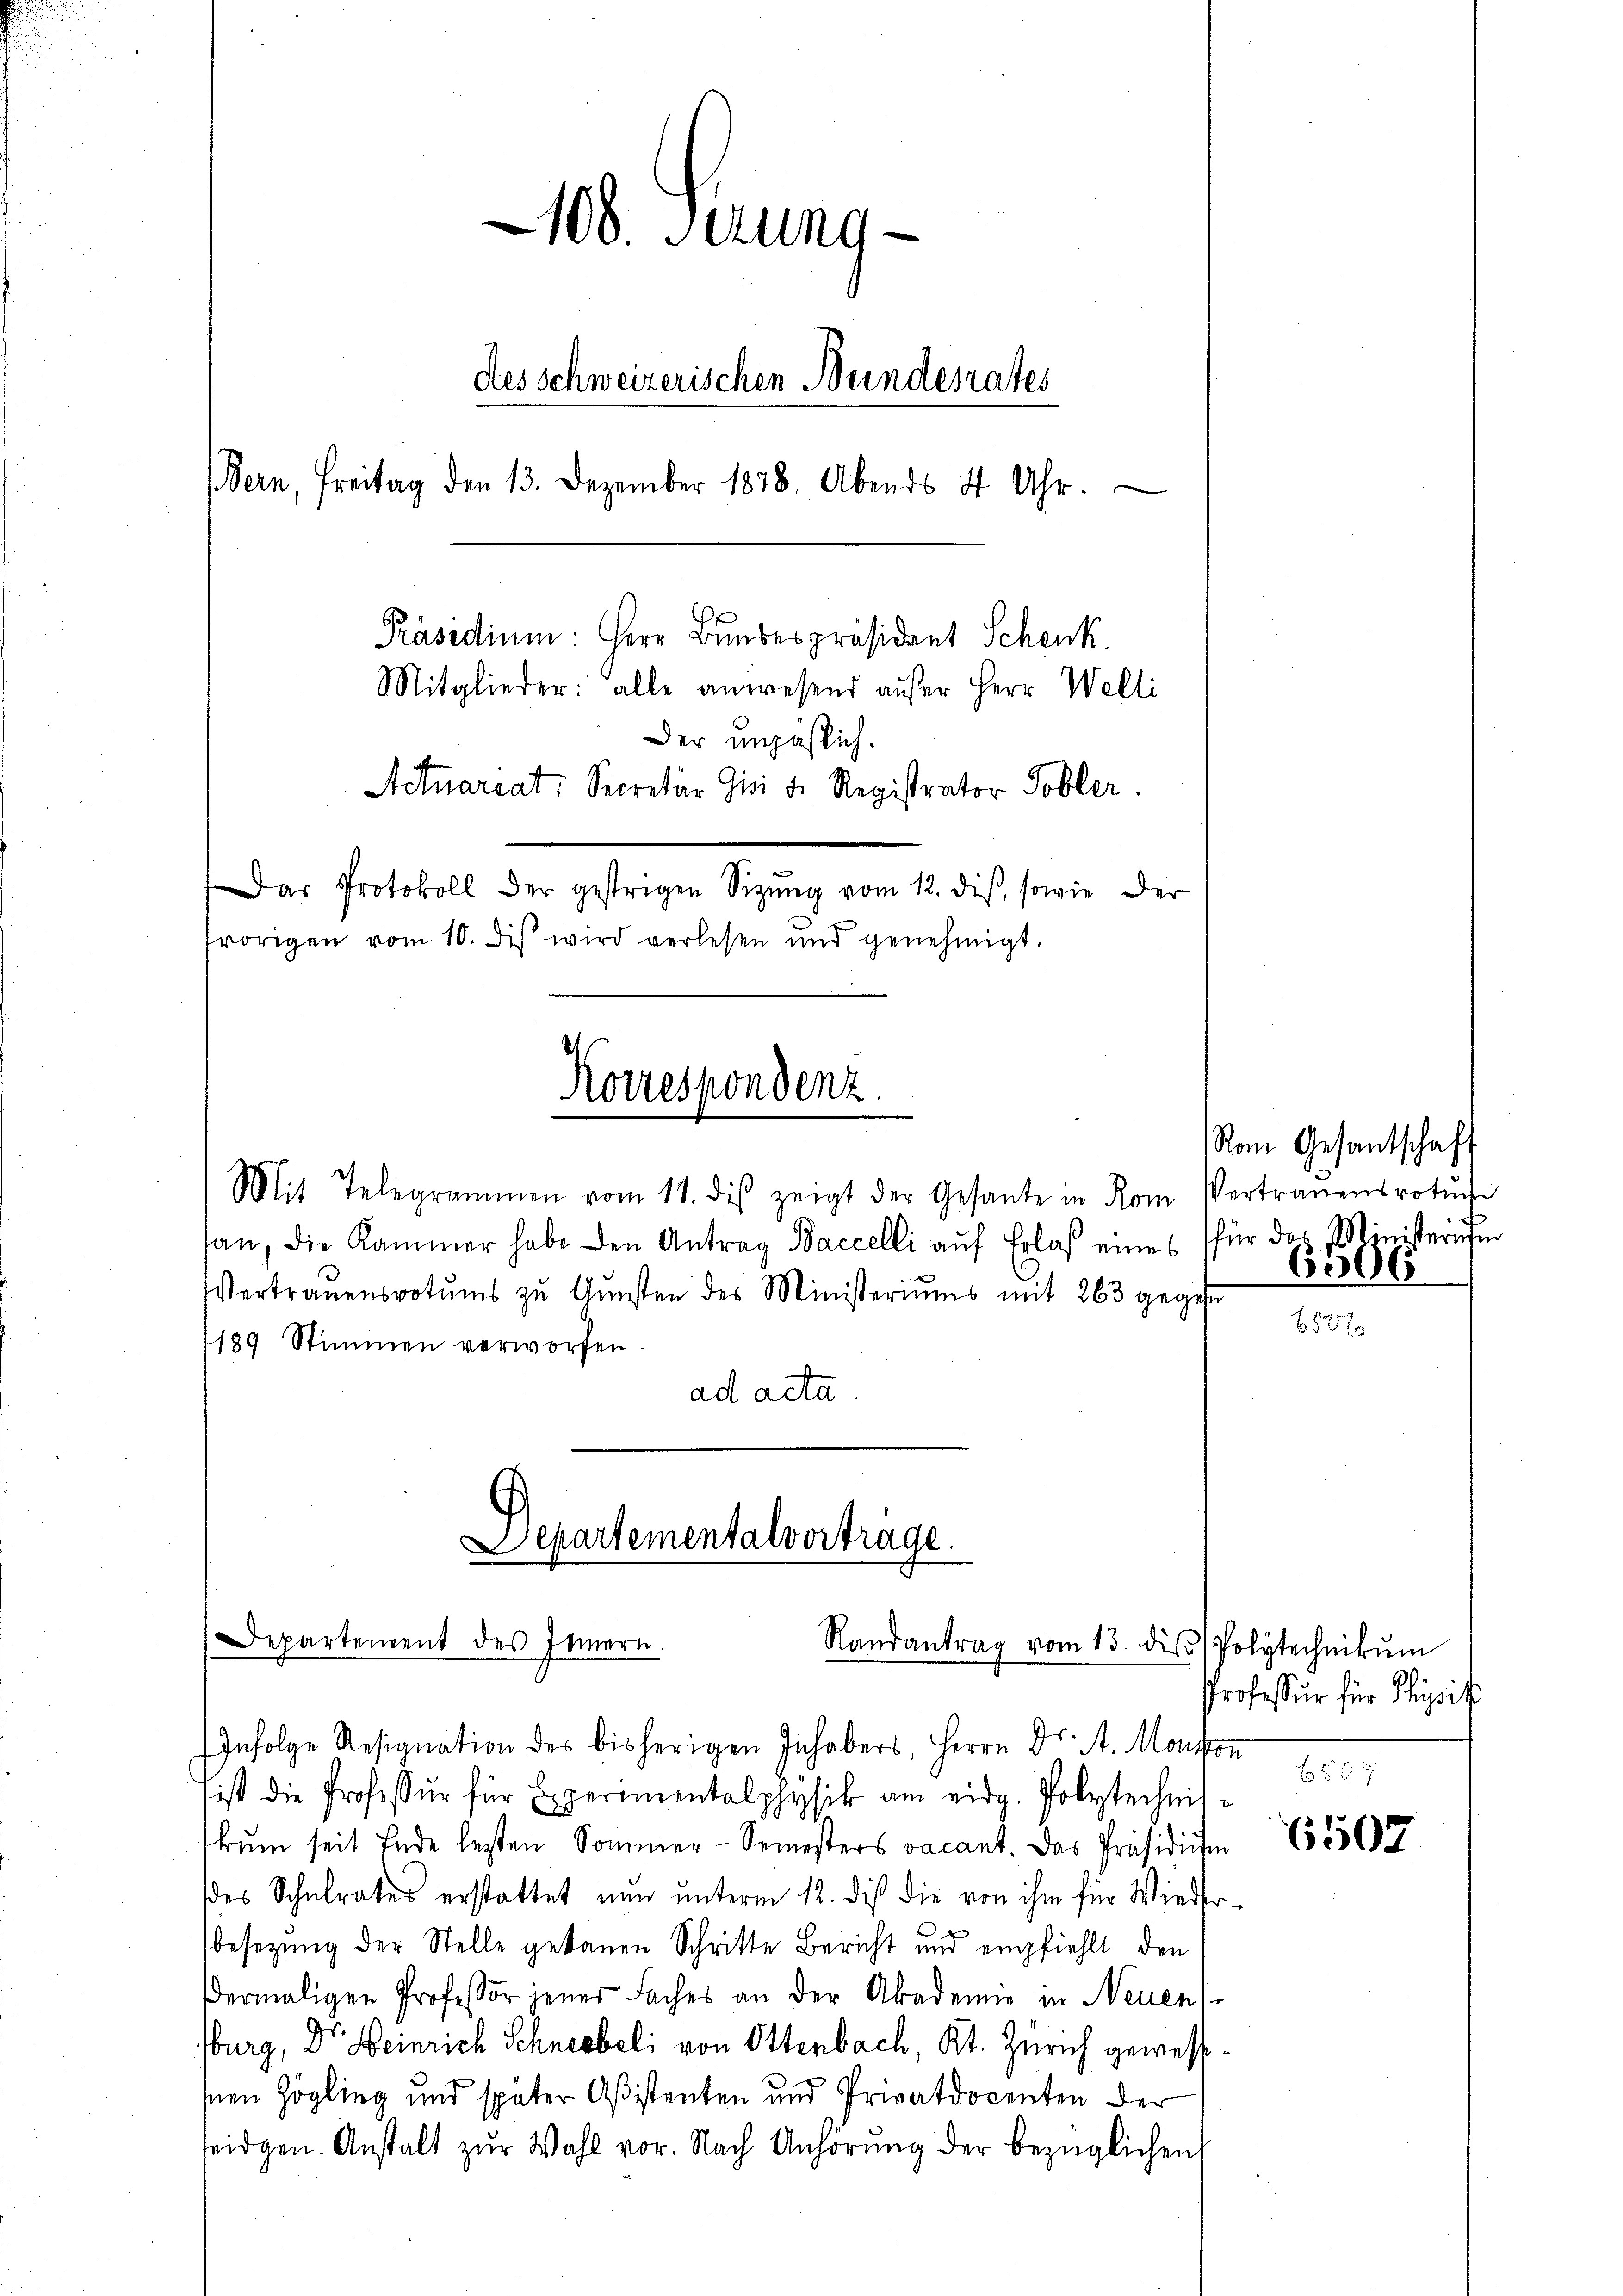
108. Stung
des schweizerischen Bundesrates
Bern, Freitag den 13. Dezember 1878. Abends 4 Uhr.
Präsidium: Herr Bundespräsident Schenk.
Mitglieder: alle anwesend außer Herr Welti
Der unzählich.
Actuareat: Secretär Gisi d. Registrator Tobler.
Das Protokoll der gestrigen Sitzŭng vom 12. diβ, sowie der
frörigen vom 10. dis wird verlesen und genehmigt.

Mit Telegrammen vom 11. dβ zeigt der Gesante in Rom Vertrauensvotŭr
san, die Kammer habe den Antrag Baccelli aŭf Erlaβ eines für das Ministernehm
Vertrauensvotums zŭ Gŭnsten des Ministeriums mit 263 gegebe
189 Stimmen verworfen
ad acta.

Korrespondenz.

Departementalvertrage.
Departement des Innern.
Randantrag vom 13. die Polytechnikŭm

Infolge Resignation des bisherigen Inhabers, Herrn Dr. A. Mongon 187
ist die Professur für Experimentolphysik am eidg. Polytechniskum seit Ende besten Sommer-Semesters vacant. Das Präsidium
des Schulrates erstattet nun unterm 12. dieß die von ihm für Wiederbesezung der Stelle gekauen Schritte Bericht und empfiehlt den
ermaligen Professor jenes Faches an der Akademie in Neuen
sburg, Dr. Heinrich Schneebeli von Ottenbach, Kt. Zürich gewessesnen Zögling und später Aßistenten und Privatdocenten der
seidgen. Anstalt zŭr Wahl vor. Nach Anhörung der bezüglichen

Vom Gesandtschaft
6306

Professur für Physik

6507